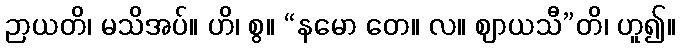
ဉာယတိ၊ မသိအပ်။ ဟိ၊ စွ။ “နမော တေ။ လ။ ဈာယသီ”တိ၊ ဟူ၍။